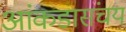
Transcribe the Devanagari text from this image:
आंकडासंचय